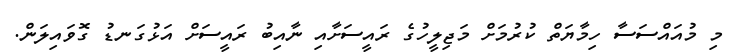
މި މުއައްސަސާ ހިމާޔަތް ކުރުމަށް މަޖިލީހުގެ ރައީސަށާއި ނާއިބު ރައީސަށް އަޅުގަނޑު ގޮވައިލަން.